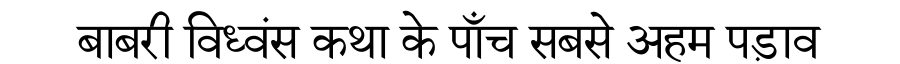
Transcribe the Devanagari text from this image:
बाबरी विध्वंस कथा के पाँच सबसे अहम पड़ाव